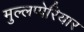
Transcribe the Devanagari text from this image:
मुल्लप्पेरियार